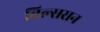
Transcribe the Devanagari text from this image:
विल्ससन